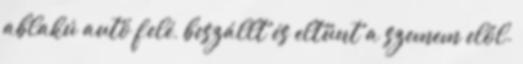
ablakú autó felé, beszállt és eltűnt a szemem elől.